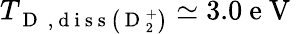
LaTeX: T_{\mathrm{~D~}\mathrm{~,~d~i~s~s~}\left(\mathrm{~D~}_{2}^{+}\right)}\simeq 3.0\mathrm{~e~V~}